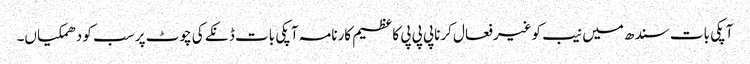
آپکی بات سندھ میں نیب کوغیرفعال کرناپی پی پی کاعظیم کارنامہ آپکی بات ڈنکے کی چوٹ پر سب کو دھمکیاں۔